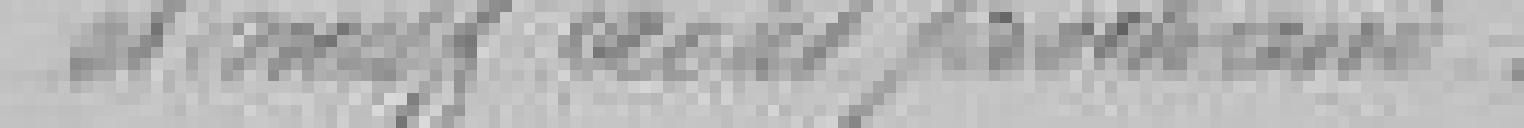
et neuf août prochains.